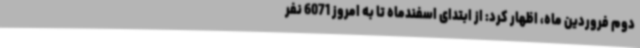
دوم فروردین ماه، اظهار کرد: از ابتدای اسفندماه تا به امروز 6071 نفر